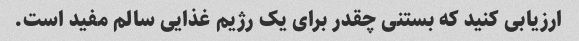
ارزیابی کنید که بستنی چقدر برای یک رژیم غذایی سالم مفید است.